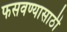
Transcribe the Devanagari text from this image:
फसवण्यासाठी